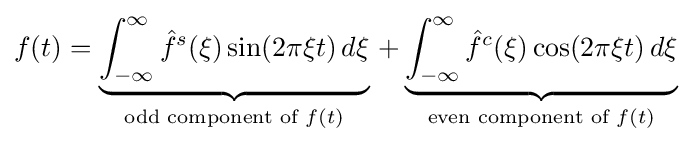
f(t)=\underbrace {\int _{-\infty }^{\infty }{\hat {f}}^{s}(\xi )\sin(2\pi \xi t)\,d\xi } _{{\text{odd component of }}f(t)}\,+\underbrace {\int _{-\infty }^{\infty }{\hat {f}}^{c}(\xi )\cos(2\pi \xi t)\,d\xi } _{{\text{even component of }}f(t)}